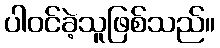
ပါဝင်ခဲ့သူဖြစ်သည်။